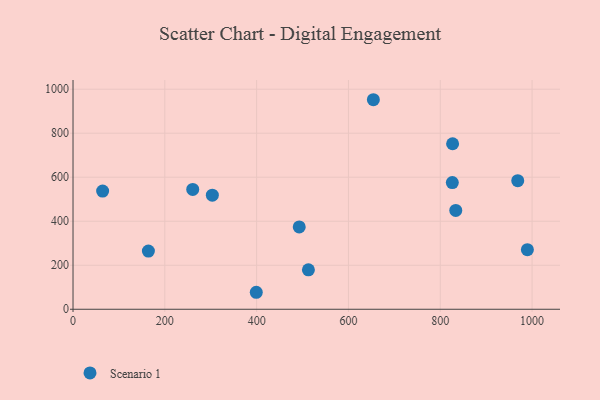
{"axis": {"x": "Ad Spend", "y": "Sales"}, "legend": ["Scenario 1"], "data": [{"x": "826.3", "y": 575.9, "type": "Scenario 1"}, {"x": "260.8", "y": 544.4, "type": "Scenario 1"}, {"x": "826.9", "y": 752.1, "type": "Scenario 1"}, {"x": "968.8", "y": 584.5, "type": "Scenario 1"}, {"x": "164.2", "y": 264.4, "type": "Scenario 1"}, {"x": "833.8", "y": 449.3, "type": "Scenario 1"}, {"x": "989.8", "y": 271.0, "type": "Scenario 1"}, {"x": "512.8", "y": 179.3, "type": "Scenario 1"}, {"x": "492.8", "y": 374.2, "type": "Scenario 1"}, {"x": "64.5", "y": 536.9, "type": "Scenario 1"}, {"x": "654.3", "y": 952.2, "type": "Scenario 1"}, {"x": "303.5", "y": 518.4, "type": "Scenario 1"}, {"x": "399.2", "y": 77.2, "type": "Scenario 1"}]}